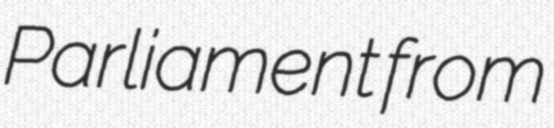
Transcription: Parliament from